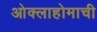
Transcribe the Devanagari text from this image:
ओक्लाहोमाची